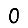
Digit: 0